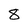
Character: 8